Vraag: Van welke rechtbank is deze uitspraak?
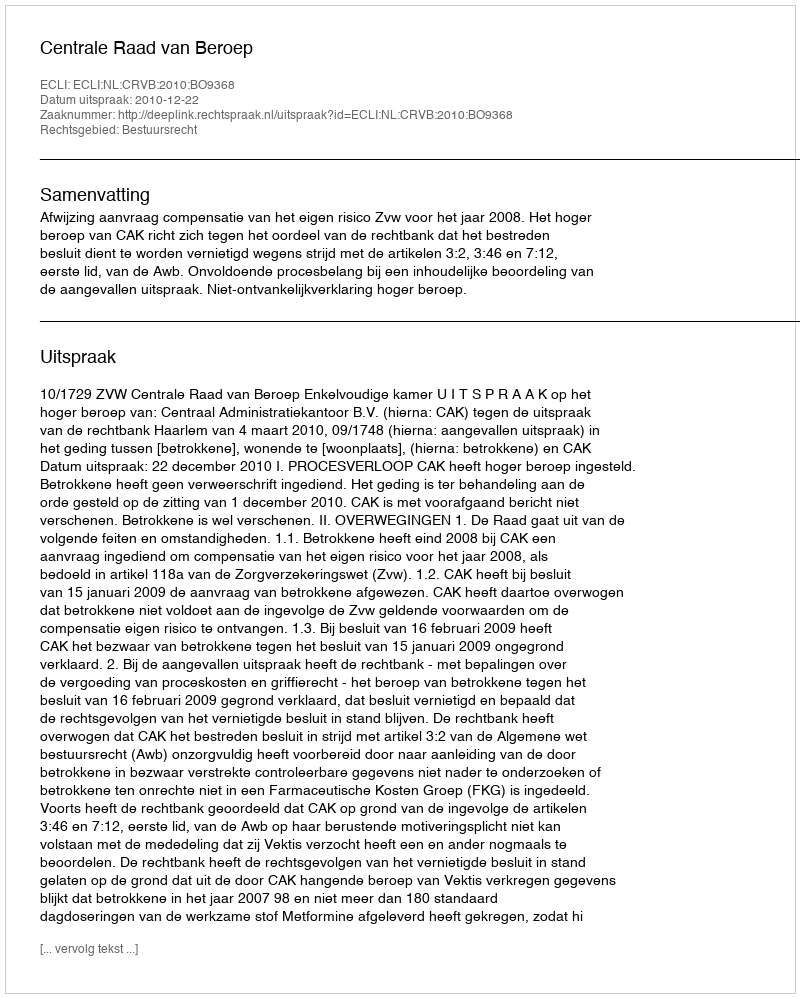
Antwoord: Centrale Raad van Beroep